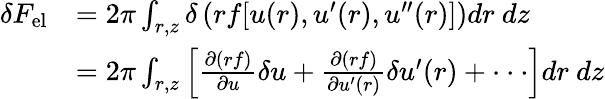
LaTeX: \begin{array}{rl}{\delta{F}_{\mathrm{{el}}}}&{=2\pi\int_{r,z}\delta\left(rf[u(r),u^{\prime}(r),u^{\prime\prime}(r)]\right)dr\ dz}\\ &{=2\pi\int_{r,z}\left[\frac{\partial(rf)}{\partial u}\delta u+\frac{\partial(rf)}{\partial u^{\prime}(r)}\delta u^{\prime}(r)+\cdot\cdot\cdot\right]dr\ dz}\end{array}